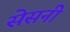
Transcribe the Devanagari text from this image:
सेसनी